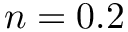
n = 0 . 2